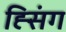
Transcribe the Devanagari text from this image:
ह्सिंग